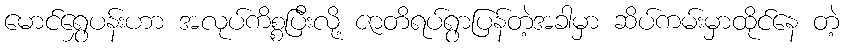
မောင်ရွှေပန်းဟာ အလုပ်ကိစ္စပြီးလို့ ဇာတိရပ်ရွာပြန်တဲ့အခါမှာ ဆိပ်ကမ်းမှာထိုင်နေ တဲ့